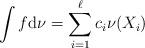
LaTeX: \begin{align*}\int f{\rm d}\nu = \sum_{i=1}^\ell c_i \nu({X_i})\end{align*}